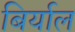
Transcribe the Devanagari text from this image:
बिर्याल